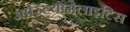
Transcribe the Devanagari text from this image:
आस्टियोमेलाइटिस